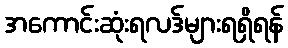
အကောင်းဆုံးရလဒ်များရရှိရန်